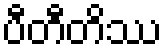
ပီတီတိဿ